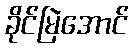
ခိုင်မြဲအောင်